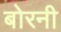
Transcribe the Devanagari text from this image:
बोरनी